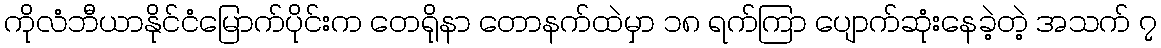
ကိုလံဘီယာနိုင်ငံမြောက်ပိုင်းက တေရိုနာ တောနက်ထဲမှာ ၁၈ ရက်ကြာ ပျောက်ဆုံးနေခဲ့တဲ့ အသက် ၇